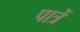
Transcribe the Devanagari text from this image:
पात्रें